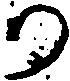
か